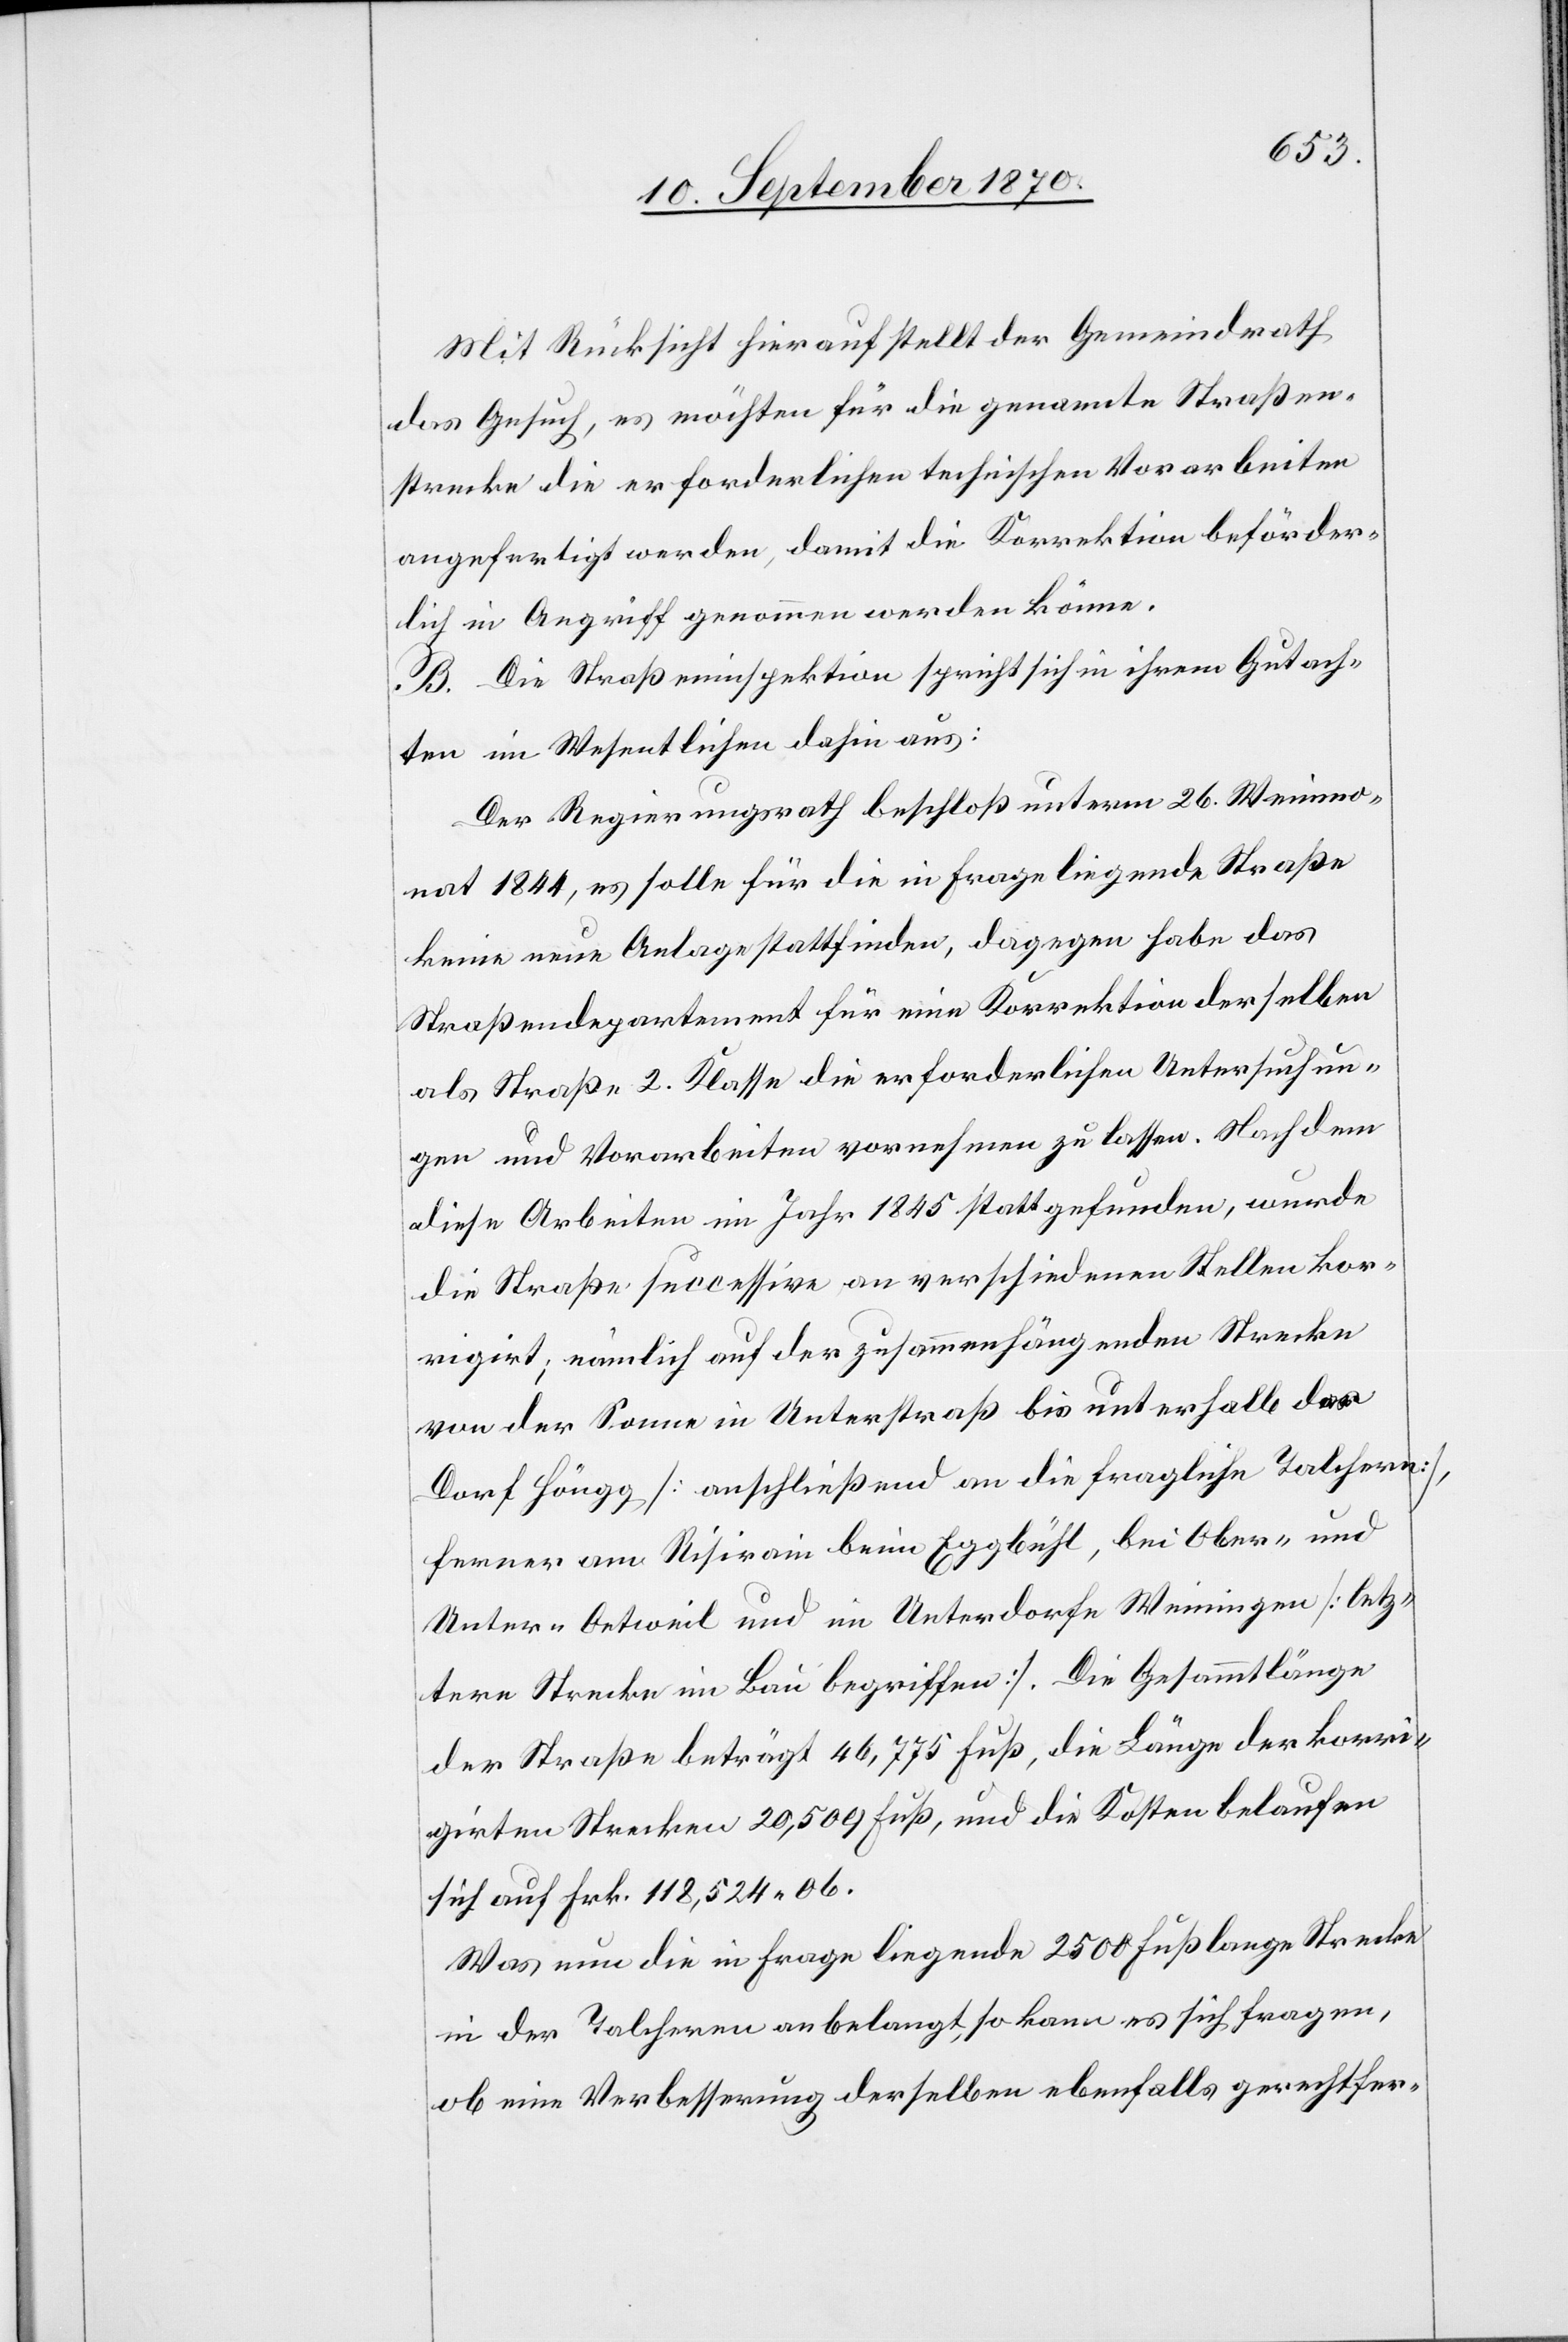
Mit Rücksicht hierauf stellt der Gemeindrath
das Gesuch, es möchten für die genannte Straßen¬
strecke die erforderlichen technischen Vorarbeiten
angefertigt werden, damit die Korrektion beförder¬
lich in Angriff genommen werden könne.
B. Die Straßeninspektion sprich sich in ihrem Gutach¬
ten im Wesentlichen dahin aus:
Der Regierungsrath beschloß unterm 26. Weinmo¬
nat 1844, es solle für die in Frage liegende Straße
keine neue Anlage stattfinden, dagegen habe das
Straßendepartement für eine Korrektion derselben
als Straße 2. Klasse die erforderlichen Untersuchun¬
gen und Vorarbeiten vornehmen zu lassen. Nachdem
diese Arbeiten im Jahr 1845 stattgefunden, wurde
die Straße successive an verschiedenen Stellen kor¬
rigirt; nämlich auf der zusammenhängenden Strecke
von der Sonne in Unterstraß bis unterhalb das
Dorf Höngg [anschließend an die fragliche Talchern],
ferner am Risirain beim Eggbühl, bei Ober- und
Unter-Oetweil und im Unterdorfe Weiningen [letz¬
tere Strecke im Bau begriffen]. Die Gesammtlänge
der Straße beträgt 46,775 Fuß, die Länge der korri¬
girten Strecken 20,509 Fuß, und die Kosten belaufen
sich auf Frk. 118,524,06.
Was nun die in Frage liegende 2500 Fuß lange Strecke
in der Talchern anbelangt, so kann es sich fragen,
ob eine Verbesserung derselben ebenfalls gerechfer-